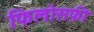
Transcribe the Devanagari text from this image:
फिलोसफ़ी